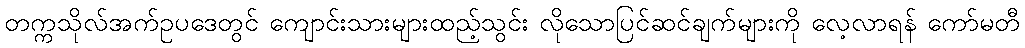
တက္ကသိုလ်အက်ဥပဒေတွင် ကျောင်းသားများထည့်သွင်း လိုသောပြင်ဆင်ချက်များကို လေ့လာရန် ကော်မတီ